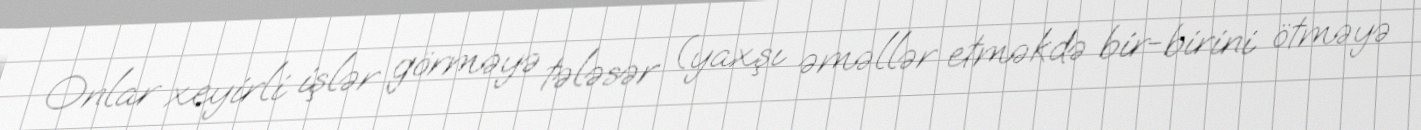
Onlar xeyirli işlər görməyə tələsər (yaxşı əməllər etməkdə bir-birini ötməyə